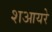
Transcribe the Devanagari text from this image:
शआयरे